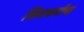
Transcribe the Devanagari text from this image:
शिवधर्माचा